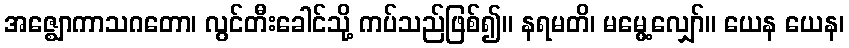
အဇ္ဈောကာသဂတော၊ လွင်တီးခေါင်သို့ ကပ်သည်ဖြစ်၍။ နရမတိ၊ မမွေ့လျှော်။ ယေန ယေန၊